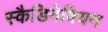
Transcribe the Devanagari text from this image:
स्कैडिनेवियन